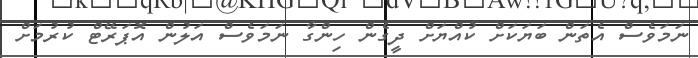
ނަމަވެސް އެތަން ބަޔަކަށް ކުއްޔަށް ދީގެން ހިންގާ ނަމަވެސް އަލުން އޮޕަރޭޓް ކުރުމަށް